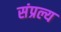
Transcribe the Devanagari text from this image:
संप्रल्य